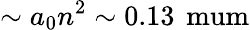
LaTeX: \sim a_{0}n^{2}\sim 0.13\, \mathrm{\ mum}